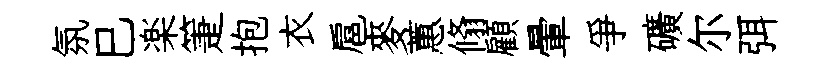
氛巳楽箑抱衣扈麥蕙翛顧暈爭礦尔弭